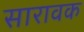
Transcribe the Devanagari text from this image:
सारावक